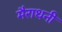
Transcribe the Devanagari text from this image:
मैराथनी